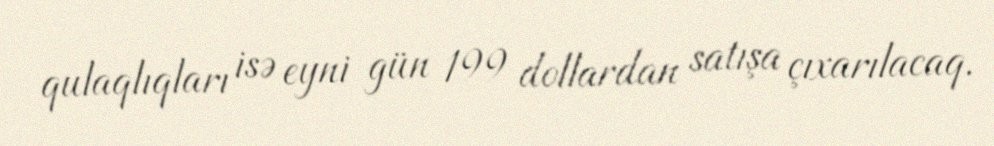
qulaqlıqları isə eyni gün 199 dollardan satışa çıxarılacaq.